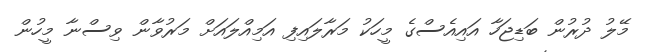
މޭލު ދުރުން ބަޑިޖަހާ އައިއެސްގެ މީހަކު މަރާލައިފި އަމިއްލައަށް މަރުވާން ވިސްނާ މީހުން